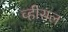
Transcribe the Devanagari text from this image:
व्हीसल